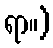
ရာ။)